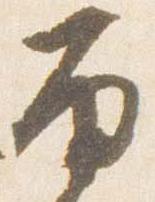
雨